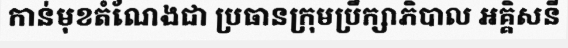
កាន់មុខតំណែងជា ប្រធានក្រុមប្រឹក្សាភិបាល អគ្គិសនី